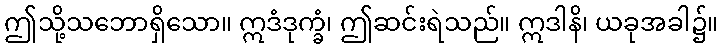
ဤသို့သဘောရှိသော။ ဣဒံဒုက္ခံ၊ ဤဆင်းရဲသည်။ ဣဒါနိ၊ ယခုအခါ၌။